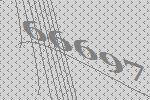
66697